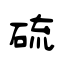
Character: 硫